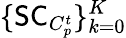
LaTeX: \{ \mathsf{SC}_{C_{p}^{t}}\} _{k=0}^{K}